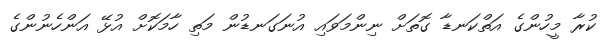
ކުރާ މީހުންގެ އަތްކަނޑާ ގޮތަށް ނިންމަވައި އުނަގަނޑުން މަތި ހާމަކޮށް އުޅޭ އަންހެނުންގެ